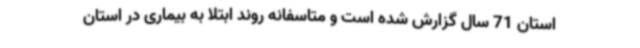
استان 71 سال گزارش شده است و متاسفانه روند ابتلا به بیماری در استان